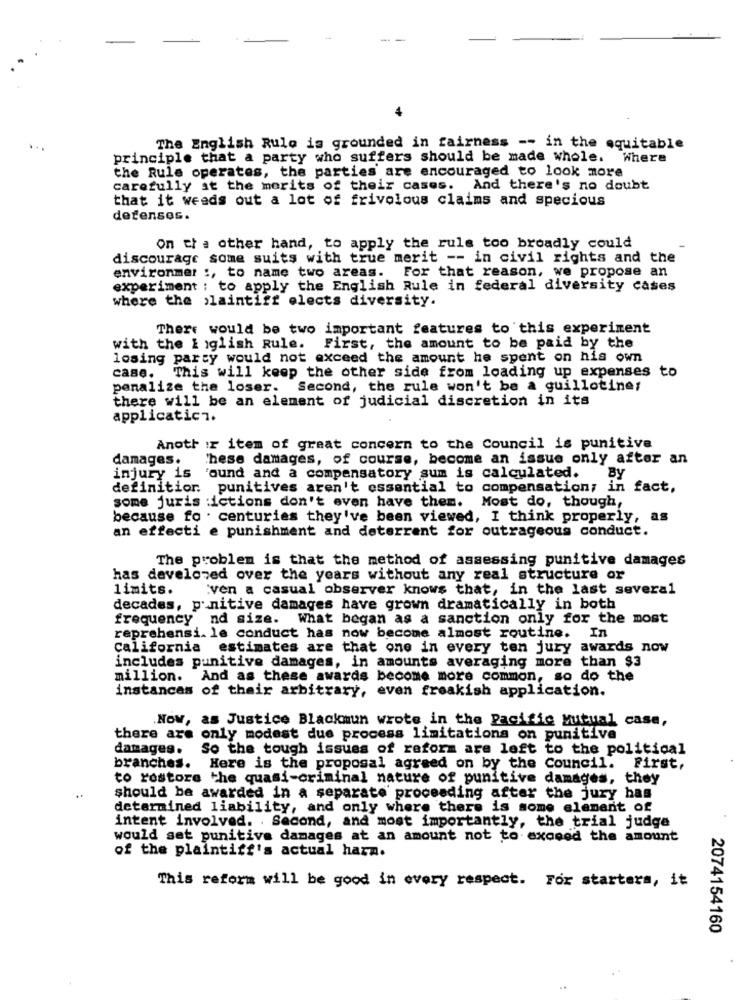
4
The English Rulo is grounded in fairness -- in the equitable
principle that a party who suffers should be made whole. Where
the Rule operates, the parties are encouraged to look more
carefully at the merits of their cases. And there's no doubt
that it weeds out a lot of frivolous claims and specious
defenses.
On the other hand, to apply the rule too broadly could
discourage some suits with true merit -- in civil rights and the
environmer :, to name two areas. For that reason, we propose an
experiment : to apply the English Rule in federal diversity cases
where the plaintiff elects diversity.
There would be two important features to this experiment
with the & iglish Rule.
First, the amount to be paid by the
losing party would not exceed the amount he spent on his own
case. This will keep the other side from loading up expenses to
penalize the loser. Second, the rule won't be a guillotine;
there will be an element of judicial discretion in its
applicatic7.
Anoth ir item of great concern to the Council is punitive
damages.
These damages, of course, become an issue only after an
injury is
'ound and a compensatory sum is calculated.
By
definition punitives aren't essential to compensation; in fact,
some juris ictions don't even have them. Most do, though,
because fo . centuries they've been viewed, I think properly, as
an effecti e punishment and deterrent for outrageous conduct.
The problem is that the method of assessing punitive damages
has develoved over the years without any real structure or
limits.
:ven a casual observer knows that, in the last several
decades, punitive damages have grown dramatically in both
frequency nd size. What began as a sanction only for the most
reprehensi. le conduct has now become almost routine. In
California estimates are that one in every ten jury awards now
includes punitive damages, in amounts averaging more than $3
million.
And as these awards become more common, so do the
instances of their arbitrary, even freakish application.
Now, as Justice Blackmun wrote in the Pacific Mutual casa,
there are only modest due process limitations on punitive
damages.
So the tough issues of reform are left to the political
branches. Here is the proposal agreed on by the Council. First,
to restore the quasi-criminal nature of punitive damages, they
should be awarded in a separate proceeding after the jury has
determined liability, and only where there is some element of
intent involved. . Second, and most importantly, the trial judge
would set punitive damages at an amount not to exceed the amount
of the plaintiff's actual harn.
This reform will be good in every respect. For starters, it
2074154160